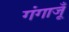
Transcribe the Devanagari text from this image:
गंगाजूँ